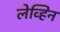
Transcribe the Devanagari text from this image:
लेव्हिन